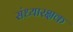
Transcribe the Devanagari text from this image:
संध्यारक्षक